Scottish Certificate of Education, 1963
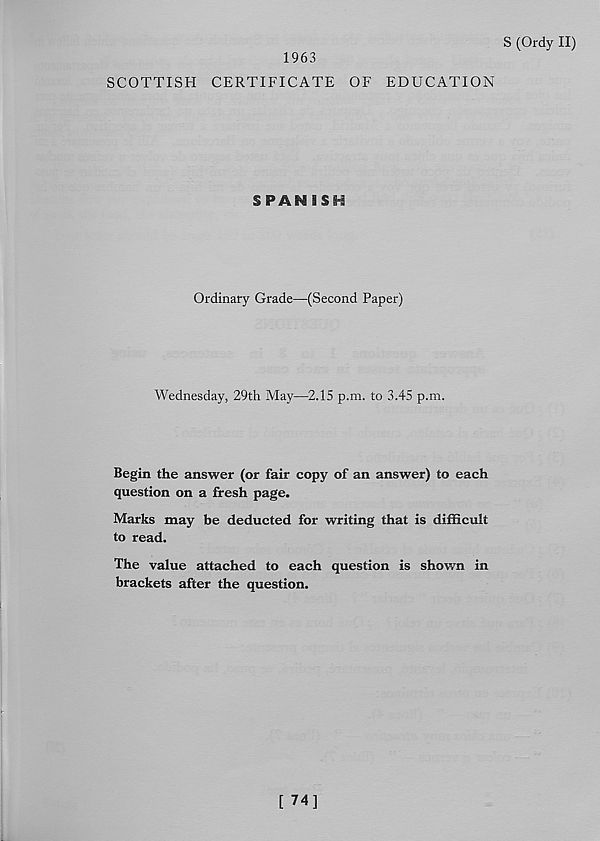
1963
S (Ordy II)
SCOTTISH CERTIFICATE OF EDUCATION
SPANISH
Ordinary Grade—(Second Paper)
Wednesday, 29th May—2.15 p.m. to 3.45 p.m.
Begin the answer (or fair copy of an answer) to each
question on a fresh page.
Marks may be deducted for writing that is difficult
to read.
The value attached to each question is shown in
brackets after the question.
[ 74]